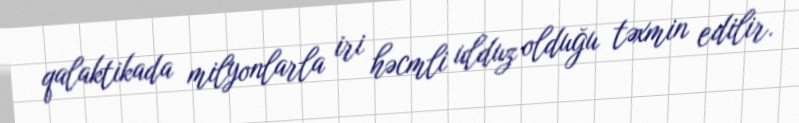
qalaktikada milyonlarla iri həcmli ulduz olduğu təxmin edilir.